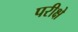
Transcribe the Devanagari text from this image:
परीक्षे